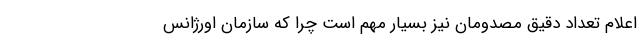
اعلام تعداد دقیق مصدومان نیز بسیار مهم است چرا که سازمان اورژانس